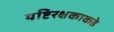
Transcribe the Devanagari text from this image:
यष्टिरक्षकाकडे